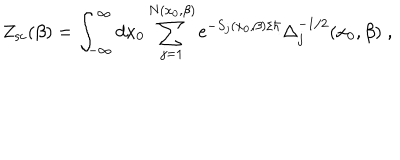
LaTeX: Z _ { \mathrm { s c } } ( \beta ) = \int _ { - \infty } ^ { \infty } d x _ { 0 } \sum _ { j = 1 } ^ { N ( x _ { 0 } , \beta ) } \mathrm { e } ^ { - S _ { j } ( x _ { 0 } , \beta ) / \hbar } \Delta _ { j } ^ { - 1 / 2 } ( x _ { 0 } , \beta ) \; ,